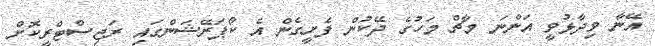
އޭނާ ވިދާޅުވީ އަންނަ މާޗް މަހުގެ ދޭކުން ފެށީގެން އެ ކޯޕަރޭޝަންގައި ރަޖިސްޓްރީކޮށް